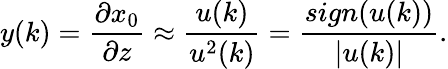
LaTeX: y(k)=\frac{\partial x_{0}}{\partial z}\approx\frac{u(k)}{u^{2}(k)}=\frac{sign(u(k))}{|u(k)|}.